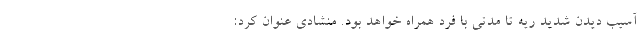
آسیب دیدن شدید ریه تا مدتی با فرد همراه خواهد بود. منشادی عنوان کرد: